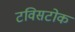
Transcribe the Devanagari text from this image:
टविसटोक